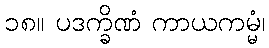
၁၈။ ပဒက္ခိဏံ ကာယကမ္မံ၊